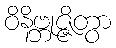
ဝိနိဗ္ဘုဇ္ဇိတွာ